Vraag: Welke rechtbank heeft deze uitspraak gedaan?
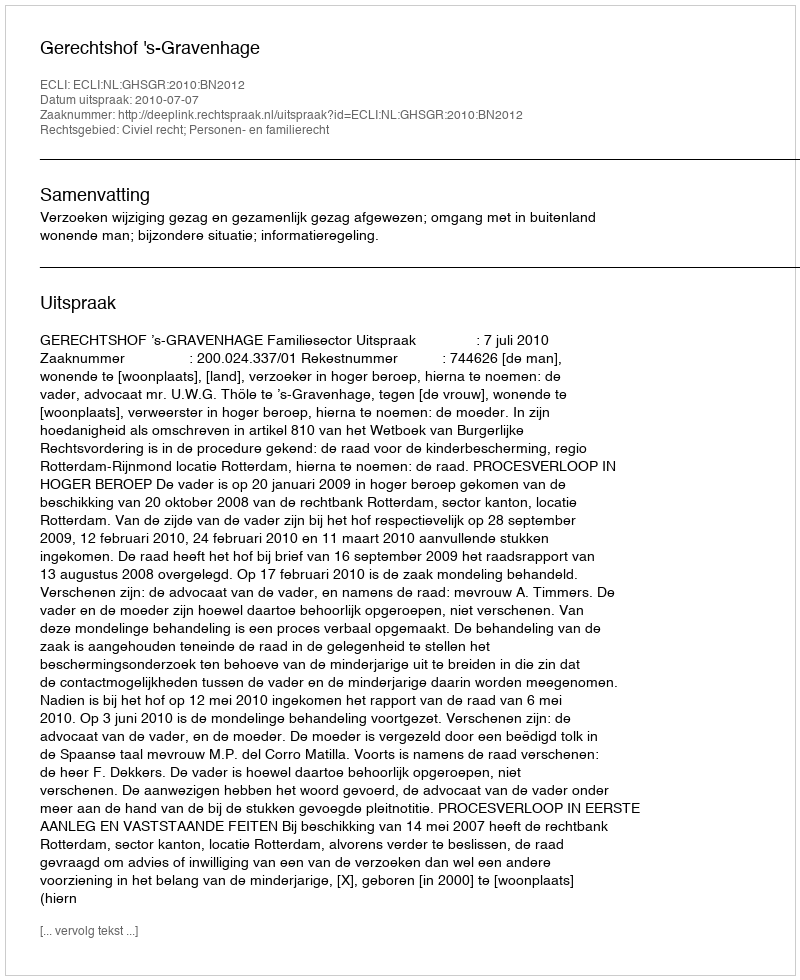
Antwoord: Gerechtshof 's-Gravenhage